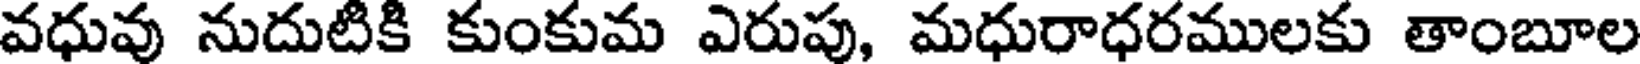
వధువు నుదుటికి కుంకుమ ఎరుపు, మధురాధరములకు తాంబూల